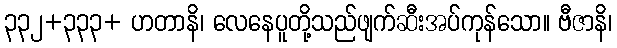
၃၃၂+၃၃၃+ ဟတာနိ၊ လေနေပူတို့သည်ဖျက်ဆီးအပ်ကုန်သော။ ဗီဇာနိ၊